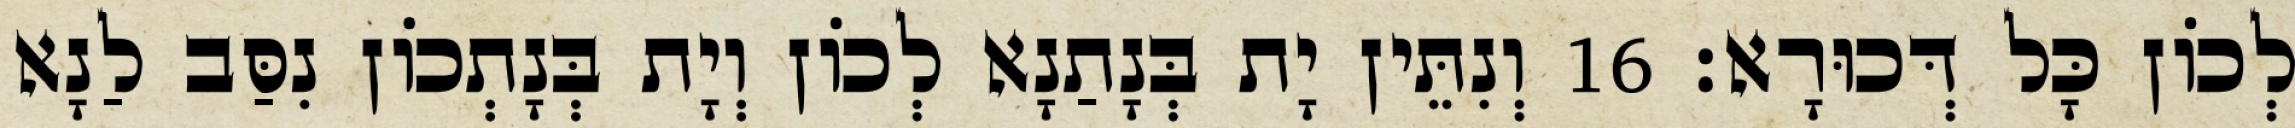
לְכוֹן כָּל דְּכוּרָא׃ 16 וְנִתֵּין יָת בְּנָתַנָא לְכוֹן וְיָת בְּנָתְכוֹן נִסַּב לַנָא